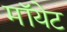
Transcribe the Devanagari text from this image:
मॉयेट